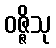
ဝဇ္ဇိသု